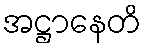
အဋ္ဌာနေတိ